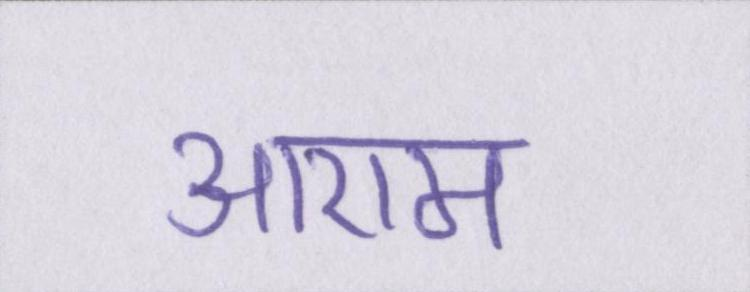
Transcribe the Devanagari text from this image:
आराम